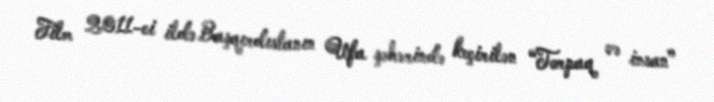
Film 2011-ci ildə Başqırdıstanın Ufa şəhərində keçirilən “Torpaq və insan”